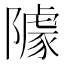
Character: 𨼫